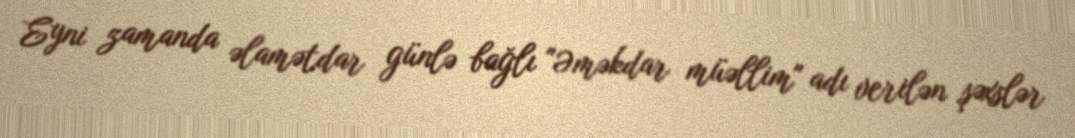
Eyni zamanda əlamətdar günlə bağlı "Əməkdar müəllim" adı verilən şəxslər